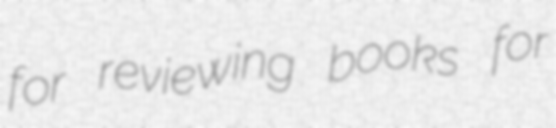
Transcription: for reviewing books for